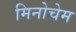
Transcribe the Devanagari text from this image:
मिनोचेम